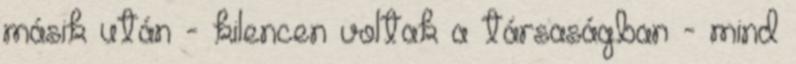
másik után - kilencen voltak a társaságban - mind